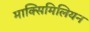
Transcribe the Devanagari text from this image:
माक्सिमिलियन